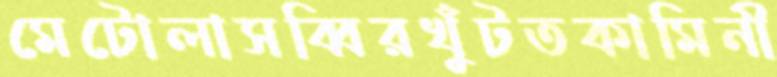
মেটোলাসব্বিরখুঁটতকামিনী